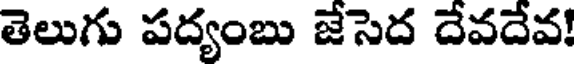
తెలుగు పద్యంబు జేసెద దేవదేవ!